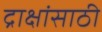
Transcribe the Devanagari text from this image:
द्राक्षांसाठी